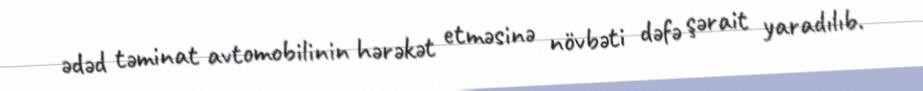
ədəd təminat avtomobilinin hərəkət etməsinə növbəti dəfə şərait yaradılıb.